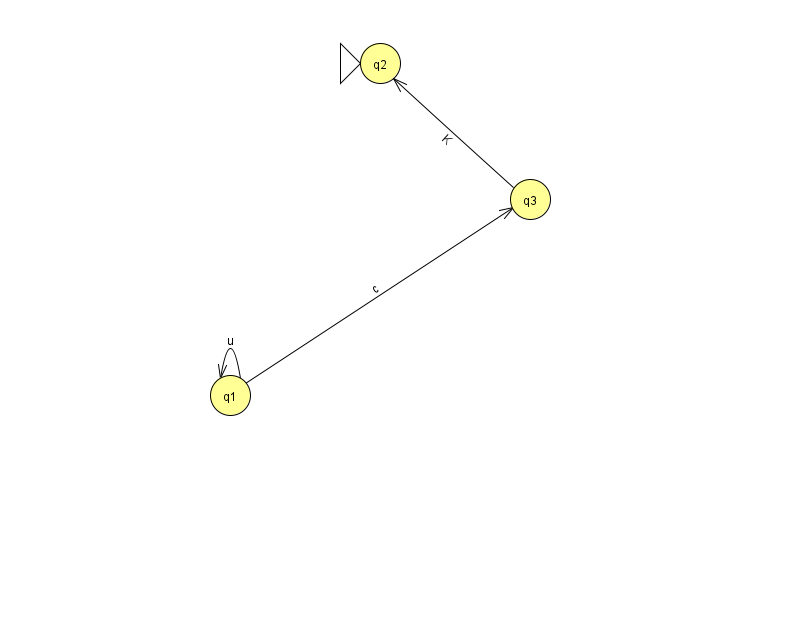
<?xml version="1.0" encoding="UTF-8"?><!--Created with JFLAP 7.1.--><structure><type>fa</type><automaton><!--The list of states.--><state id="1" name="q1"><x>230.0</x><y>382.0</y></state><state id="2" name="q2"><x>380.0</x><y>50.0</y><initial/></state><state id="3" name="q3"><x>530.0</x><y>186.0</y></state><!--The list of transitions.--><transition><from>1</from><to>1</to><read>u</read></transition><transition><from>1</from><to>3</to><read>c</read></transition><transition><from>3</from><to>2</to><read>K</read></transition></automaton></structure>